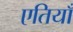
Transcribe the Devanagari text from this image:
एतियाँ